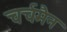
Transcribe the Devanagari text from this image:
चर्चमैन